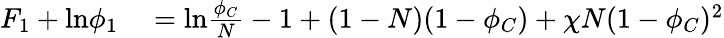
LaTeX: \begin{array}{rl}{F_{1}+\mathrm{ln}\phi_{1}}&{{}=\mathrm{ln}\frac{\phi_{C}}{N}-1+(1-N)(1-\phi_{C})+\chi N(1-\phi_{C})^{2}}\end{array}